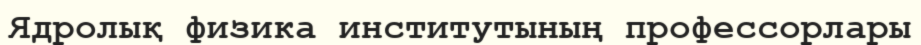
Ядролық физика институтының профессорлары